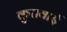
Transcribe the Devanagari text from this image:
कुरावाई